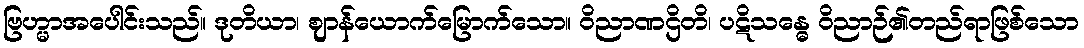
ဗြဟ္မာအပေါင်းသည်။ ဒုတိယာ၊ ဈာန်ယောက်မြောက်သော။ ဝိညာဏဌိတိ၊ ပဋိသန္ဓေ ဝိညာဉ်၏တည်ရာဖြစ်သော